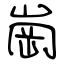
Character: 崗